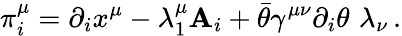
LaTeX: \pi_{i}^{\mu}=\partial_{i}x^{\mu}-\lambda_{1}^{\mu}\mathbf{A}_{i}+\bar{{\theta}}\gamma^{\mu\nu}\partial_{i}\theta\, \, \lambda_{\nu}\, .